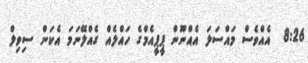
8:26  އެެއްވެސް މައްސަލަ އެއްނޫން ޕީޕީއެމްގެ ހައްލެއް ގެއްލޭނަމަ އެކަން ސިވިލް